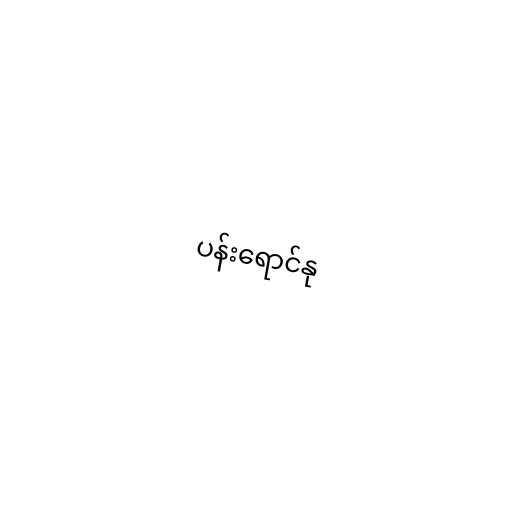
ပန်းရောင်နု